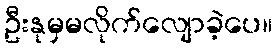
ဦးနုမှမလိုက်လျောခဲ့ပေ။